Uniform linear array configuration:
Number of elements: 32
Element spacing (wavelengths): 0.25
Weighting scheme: binomial
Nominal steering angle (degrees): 30
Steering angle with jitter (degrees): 28.914
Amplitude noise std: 0.05
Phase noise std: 0.05

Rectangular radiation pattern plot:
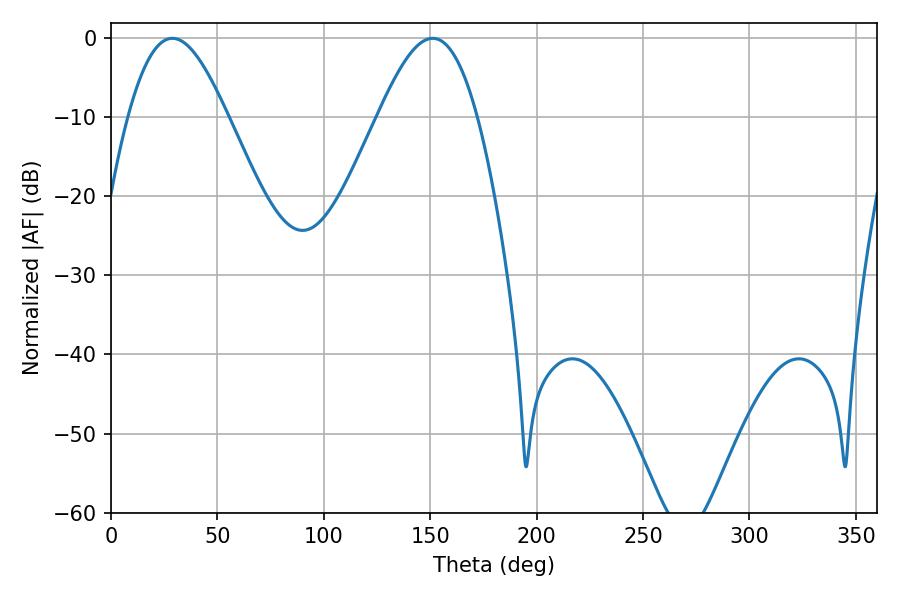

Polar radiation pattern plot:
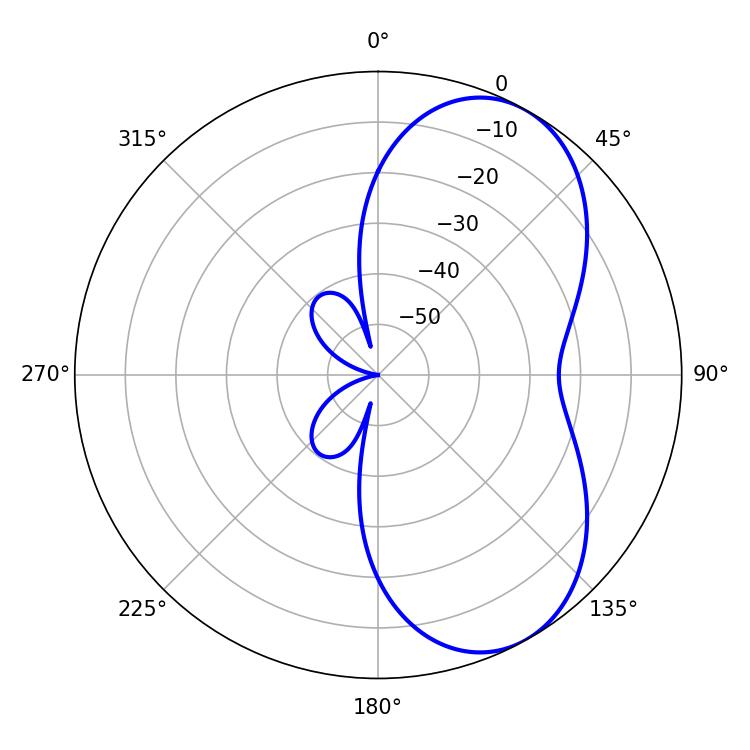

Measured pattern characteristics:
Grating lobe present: FALSE
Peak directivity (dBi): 6.174
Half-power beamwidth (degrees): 25.02
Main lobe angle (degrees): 28.8